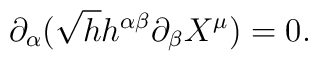
\partial_{\alpha}(\sqrt{h}h^{\alpha \beta}\partial_{\beta}X^{\mu })=0.